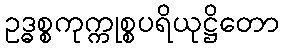
ဥဒ္ဓစ္စကုက္ကုစ္စပရိယုဋ္ဌိတော